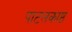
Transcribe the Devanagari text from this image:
पाटलकाष्ठ